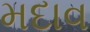
મદાવ